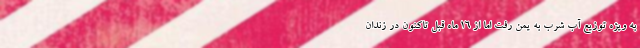
به ویژه توزیع آب شرب به یمن رفت اما از 16 ماه قبل تاکنون در زندان